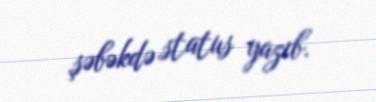
şəbəkdə status yazıb.